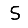
Digit: 5